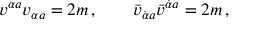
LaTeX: v ^ { \alpha { } a } v _ { \alpha { } a } = 2 m \, , \qquad \bar { v } _ { \dot { \alpha } { } a } \bar { v } ^ { \dot { \alpha } { } a } = 2 m \, ,